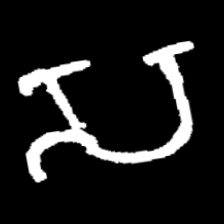
Pyu character \u2014 Myanmar letter: သ (romanized: sa)